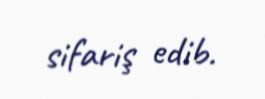
sifariş edib.